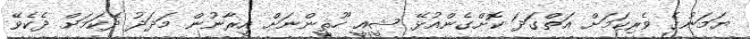
ޔަމަނުގެ ވެރިކަމަށް އަތްގަދަ ކޮށްގެންއުޅޭ ޝީއީ ހޫޘީންނަށް އީރާނުން މަދަދު ދޭކަމަށް ދެކެވޭ